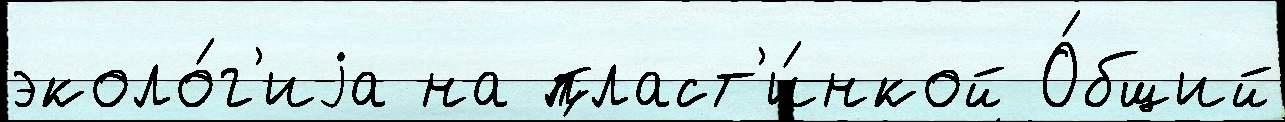
эколо́г'иjа на пласт'и́нкой О́бщий